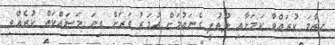
ހިތާމަ ކުރައްވާ ކަމަށާއި ލުތުފީ ގެނައުމަށް އުމަރު ވަރަށް ގިނަ މަސައްކަތް ކުރެއްވި